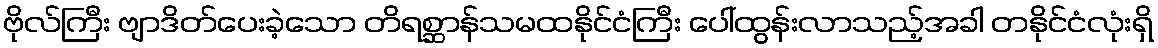
ဗိုလ်ကြီး ဗျာဒိတ်ပေးခဲ့သော တိရစ္ဆာန်သမထနိုင်ငံကြီး ပေါ်ထွန်းလာသည့်အခါ တနိုင်ငံလုံးရှိ